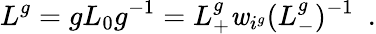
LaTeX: L^{g}=gL_{0}g^{-1}=L_{+}^{g}\mathit{w}_{i^{g}}(L_{-}^{g})^{-1}\ \ .